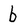
Character: b